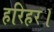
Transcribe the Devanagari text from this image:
हरिहर।